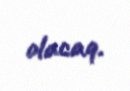
olacaq.